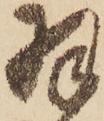
羽